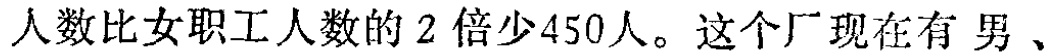
人数比女职工人数的 2 倍少450人。这个厂现在有 男、